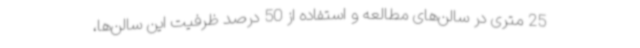
25 متری در سالن‌های مطالعه و استفاده از 50 درصد ظرفیت این سالن‌ها،